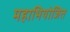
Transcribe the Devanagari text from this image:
महाभियोजित